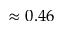
\approx 0 . 4 6